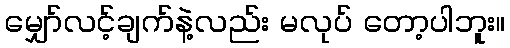
မျှော်လင့်ချက်နဲ့လည်း မလုပ် တော့ပါဘူး။